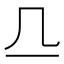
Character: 𬺲